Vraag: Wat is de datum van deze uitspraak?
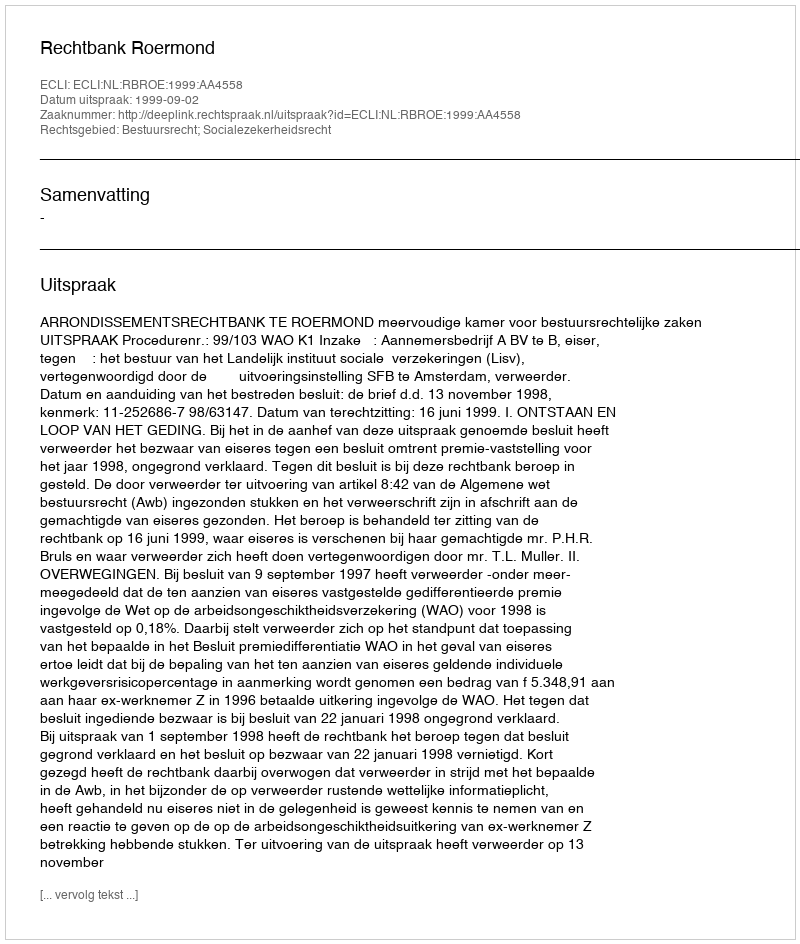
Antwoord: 1999-09-02